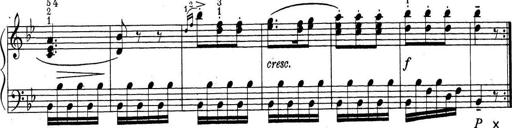
Title: ÄŒeskÃ© Sonatiny
Composer: Various